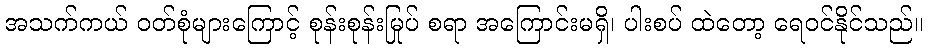
အသက်ကယ် ဝတ်စုံများကြောင့် စုန်းစုန်းမြုပ် စရာ အကြောင်းမရှိ၊ ပါးစပ် ထဲတော့ ရေဝင်နိုင်သည်။